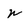
Character: n